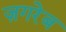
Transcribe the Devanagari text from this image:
ज़गरेब